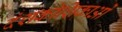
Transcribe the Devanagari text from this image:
दंशकोशिकाओं